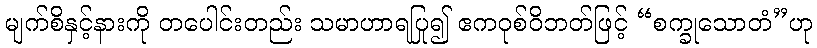
မျက်စိနှင့်နားကို တပေါင်းတည်း သမာဟာရပြု၍ ဧကဝုစ်ဝိဘတ်ဖြင့် “စက္ခုသောတံ”ဟု